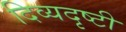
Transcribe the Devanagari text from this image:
दिव्यदृष्टी